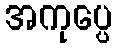
အကုပ္ပေ